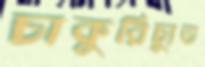
চাকুরিচ্যুত